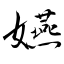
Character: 嬿